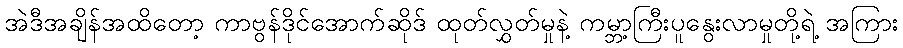
အဲဒီအချိန်အထိတော့ ကာဗွန်ဒိုင်အောက်ဆိုဒ် ထုတ်လွှတ်မှုနဲ့ ကမ္ဘာ့ကြီးပူနွေးလာမှုတို့ရဲ့ အကြား